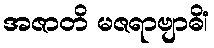
အဇာတိ မဇရာဗျာဓိံ၊